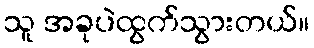
သူ အခုပဲထွက်သွားတယ်။